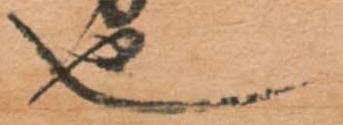
也